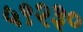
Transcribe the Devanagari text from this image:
५९२३०